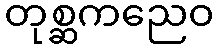
တုစ္ဆကညေဝ